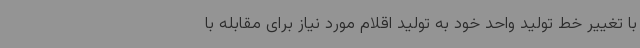
با تغییر خط تولید واحد خود به تولید اقلام مورد نیاز برای مقابله با